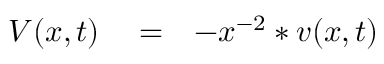
\begin{array} { r l r } { V ( x , t ) } & { { } = } & { - x ^ { - 2 } * v ( x , t ) } \end{array}